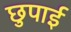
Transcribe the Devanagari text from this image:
छुपाई